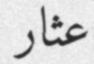
عثار